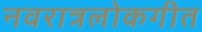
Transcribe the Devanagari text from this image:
नवरात्रलोकगीत